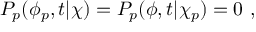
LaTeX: P _ { p } ( \phi _ { p } , t | \chi ) = P _ { p } ( \phi , t | \chi _ { p } ) = 0 \ ,